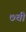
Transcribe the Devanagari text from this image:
७ची